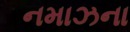
નમાઝના